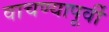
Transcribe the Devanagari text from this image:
वाचण्यापूर्वी